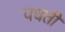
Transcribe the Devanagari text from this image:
पधती